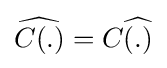
{\widehat {C(.)}}=C{\widehat {(.)}}